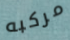
مركبه